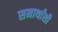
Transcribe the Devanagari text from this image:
समार्थांशी